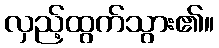
လှည့်ထွက်သွား၏။